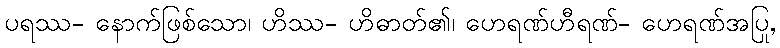
ပရဿ- နောက်ဖြစ်သော၊ ဟိဿ- ဟိဓာတ်၏၊ ဟေရဏ်ဟီရဏ်- ဟေရဏ်အပြု,